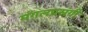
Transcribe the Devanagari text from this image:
मंगलप्रसंगी